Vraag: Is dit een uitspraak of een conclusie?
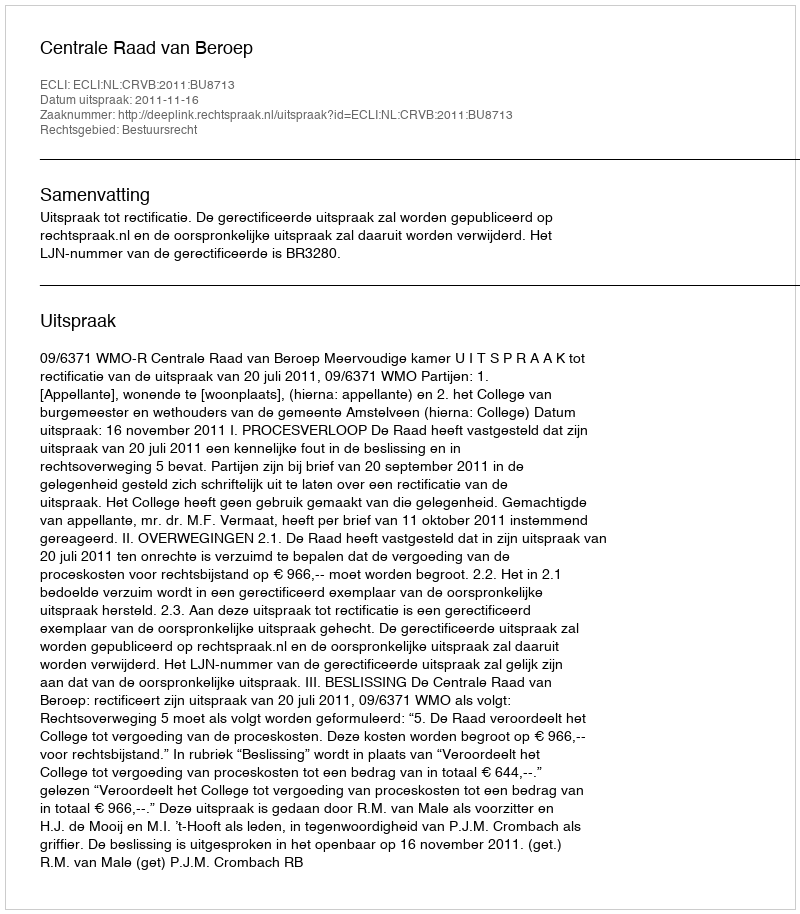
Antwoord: Uitspraak